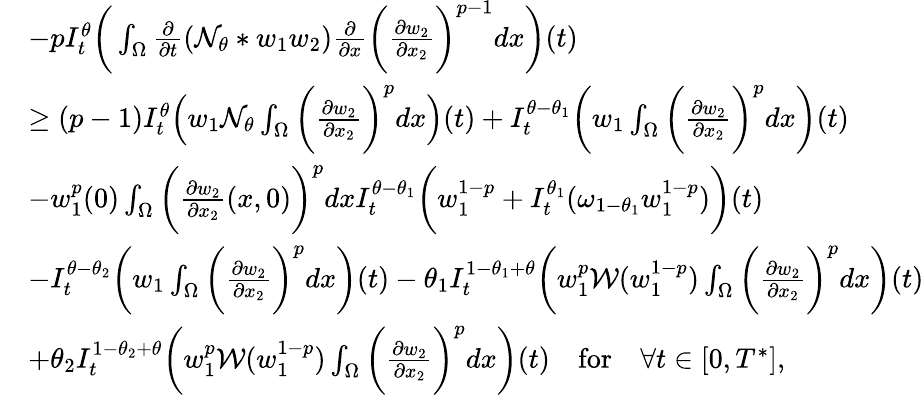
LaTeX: \begin{array}{rl}&{-pI_{t}^{\theta}\bigg(\int_{\Omega}\frac{\partial}{\partial t}(\mathcal{N}_{\theta}*w_{1}w_{2})\frac{\partial}{\partial x}\bigg(\frac{\partial w_{2}}{\partial x_{2}}\bigg)^{p-1}dx\bigg)(t)}\\ &{\geq(p-1)I_{t}^{\theta}\Big(w_{1}\mathcal{N}_{\theta}\int_{\Omega}\bigg(\frac{\partial w_{2}}{\partial x_{2}}\bigg)^{p}dx\Big)(t)+I_{t}^{\theta-\theta_{1}}\bigg(w_{1}\int_{\Omega}\bigg(\frac{\partial w_{2}}{\partial x_{2}}\bigg)^{p}dx\bigg)(t)}\\ &{-w_{1}^{p}(0)\int_{\Omega}\bigg(\frac{\partial w_{2}}{\partial x_{2}}(x,0)\bigg)^{p}dxI_{t}^{\theta-\theta_{1}}\bigg(w_{1}^{1-p}+I_{t}^{\theta_{1}}(\omega_{1-\theta_{1}}w_{1}^{1-p})\bigg)(t)}\\ &{-I_{t}^{\theta-\theta_{2}}\bigg(w_{1}\int_{\Omega}\bigg(\frac{\partial w_{2}}{\partial x_{2}}\bigg)^{p}dx\bigg)(t)-\theta_{1}I_{t}^{1-\theta_{1}+\theta}\bigg(w_{1}^{p}\mathcal{W}(w_{1}^{1-p})\int_{\Omega}\bigg(\frac{\partial w_{2}}{\partial x_{2}}\bigg)^{p}dx\bigg)(t)}\\ &{+\theta_{2}I_{t}^{1-\theta_{2}+\theta}\bigg(w_{1}^{p}\mathcal{W}(w_{1}^{1-p})\int_{\Omega}\bigg(\frac{\partial w_{2}}{\partial x_{2}}\bigg)^{p}dx\bigg)(t)\quad\mathrm{for}\quad\forall t\in[0,T^{*}],}\end{array}